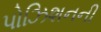
પોઝિશનની